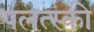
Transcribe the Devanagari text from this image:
पलत्स्की